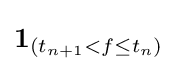
\mathbf {1} _{(t_{n+1}<f\leq t_{n})}